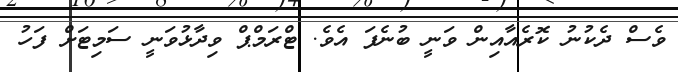
ވެސް ދެކުނު ކޮރެއާއިން ވަނީ ބުނެފަ އެވެ. ޓްރަމްޕް ވިދާޅުވަނީ ސަމިޓަށް ފަހު